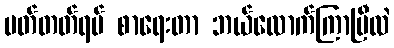
မတ်တတ်ရပ် စာရေးတာ ဘယ်လောက်ကြာပြီလဲ